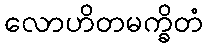
လောဟိတမက္ခိတံ